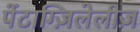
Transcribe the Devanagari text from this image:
पेंटाग्ज़िलेलीज़